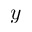
\boldsymbol y